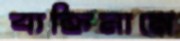
ব্যক্তিনামে